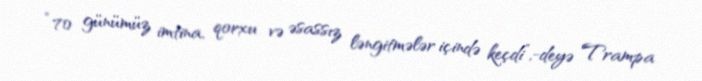
“70 günümüz imtina, qorxu və əsassız ləngitmələr içində keçdi”,-deyə Trampa